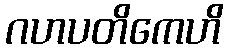
ဂဟပတိကေဟိ